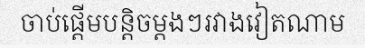
ចាប់ផ្តើមបន្តិចម្តងៗរវាងវៀតណាម